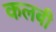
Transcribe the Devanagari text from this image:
कलबी